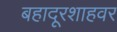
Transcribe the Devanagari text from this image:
बहादूरशाहवर